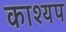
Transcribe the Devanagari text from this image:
काश्‍यप